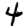
Digit: 4